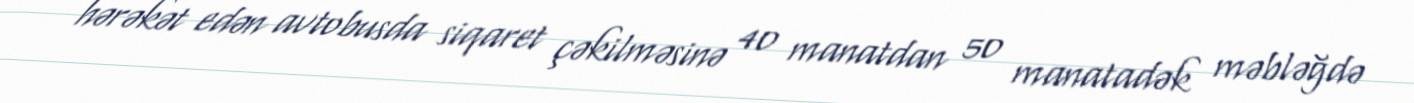
hərəkət edən avtobusda siqaret çəkilməsinə 40 manatdan 50 manatadək məbləğdə